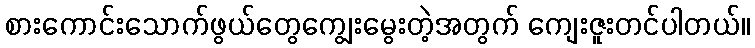
စားကောင်းသောက်ဖွယ်တွေကျွေးမွေးတဲ့အတွက် ကျေးဇူးတင်ပါတယ်။